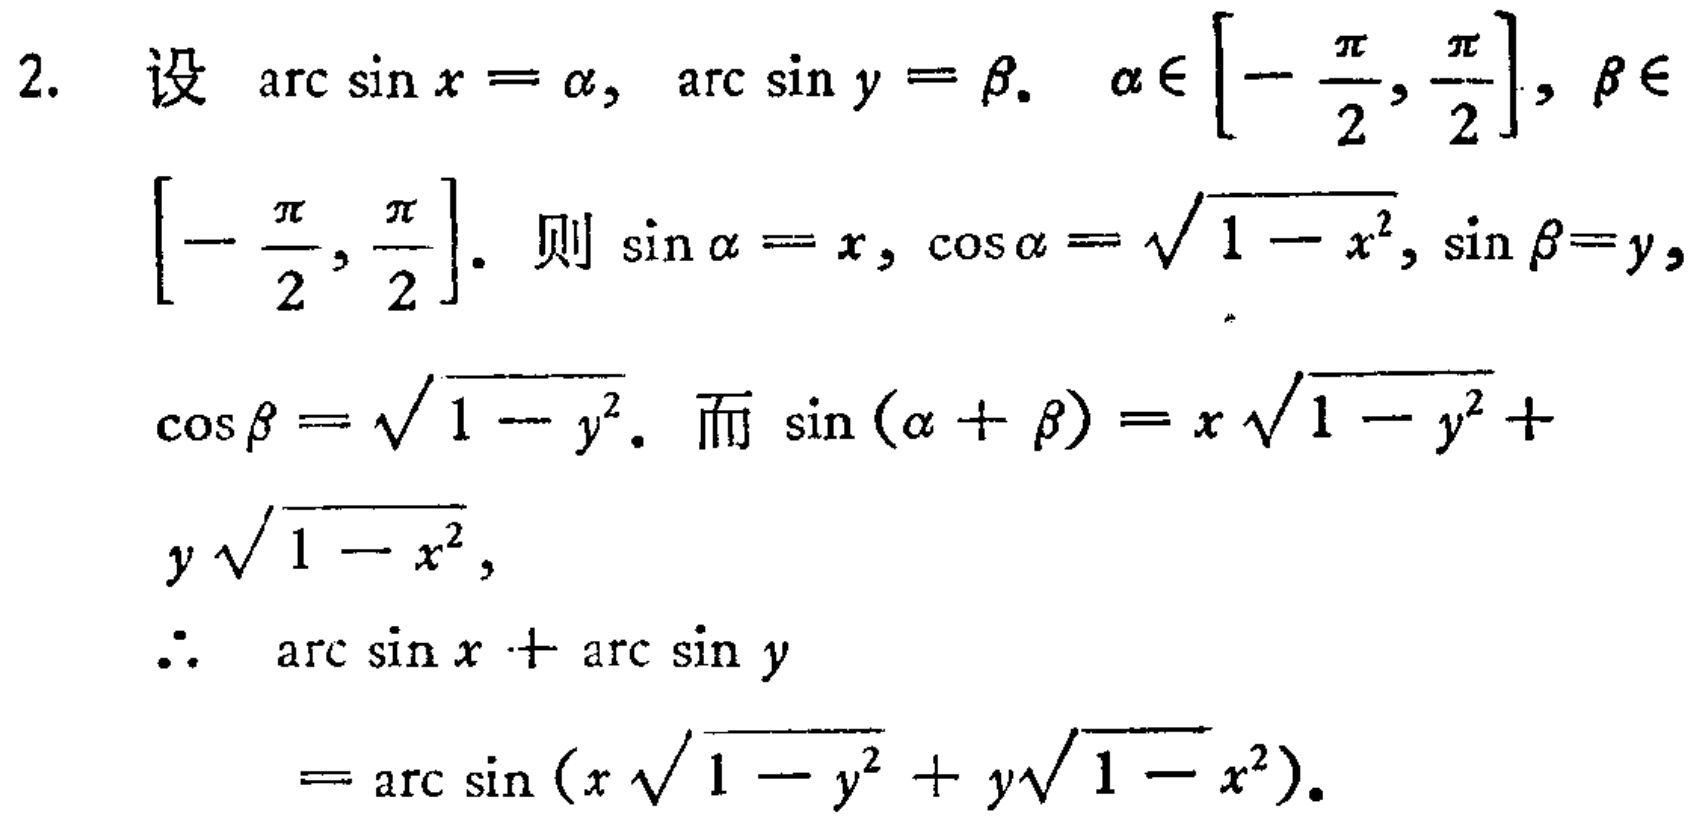
2. 设\(\arcsin x = \alpha\)，\(\arcsin y = \beta\)。\(\alpha\in\left[-\frac{\pi}{2},\frac{\pi}{2}\right]\)，\(\beta\in\left[-\frac{\pi}{2},\frac{\pi}{2}\right]\)。则\(\sin\alpha = x\)，\(\cos\alpha = \sqrt{1 - x^{2}}\)，\(\sin\beta = y\)，\(\cos\beta = \sqrt{1 - y^{2}}\)。而\(\sin(\alpha + \beta)=x\sqrt{1 - y^{2}}+y\sqrt{1 - x^{2}}\)，
\(\therefore\) \(\arcsin x+\arcsin y=\arcsin(x\sqrt{1 - y^{2}}+y\sqrt{1 - x^{2}})\)。